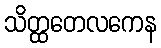
သိတ္ထတေလကေန